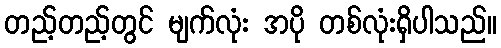
တည့်တည့်တွင် မျက်လုံး အပို တစ်လုံးရှိပါသည်။